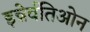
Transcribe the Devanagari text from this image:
इन्नेर्वतिओन